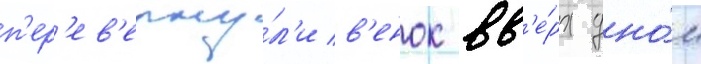
п'ер'ев'ерну́л'и в'енок вв'е́рх дно́м